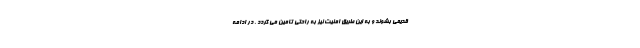
قدیمی بشوند و به این طریق امنیت نیز به راحتی تامین می گردد . در ادامه